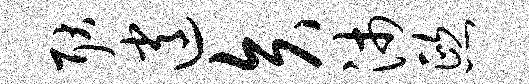
耿逍矢沛熙